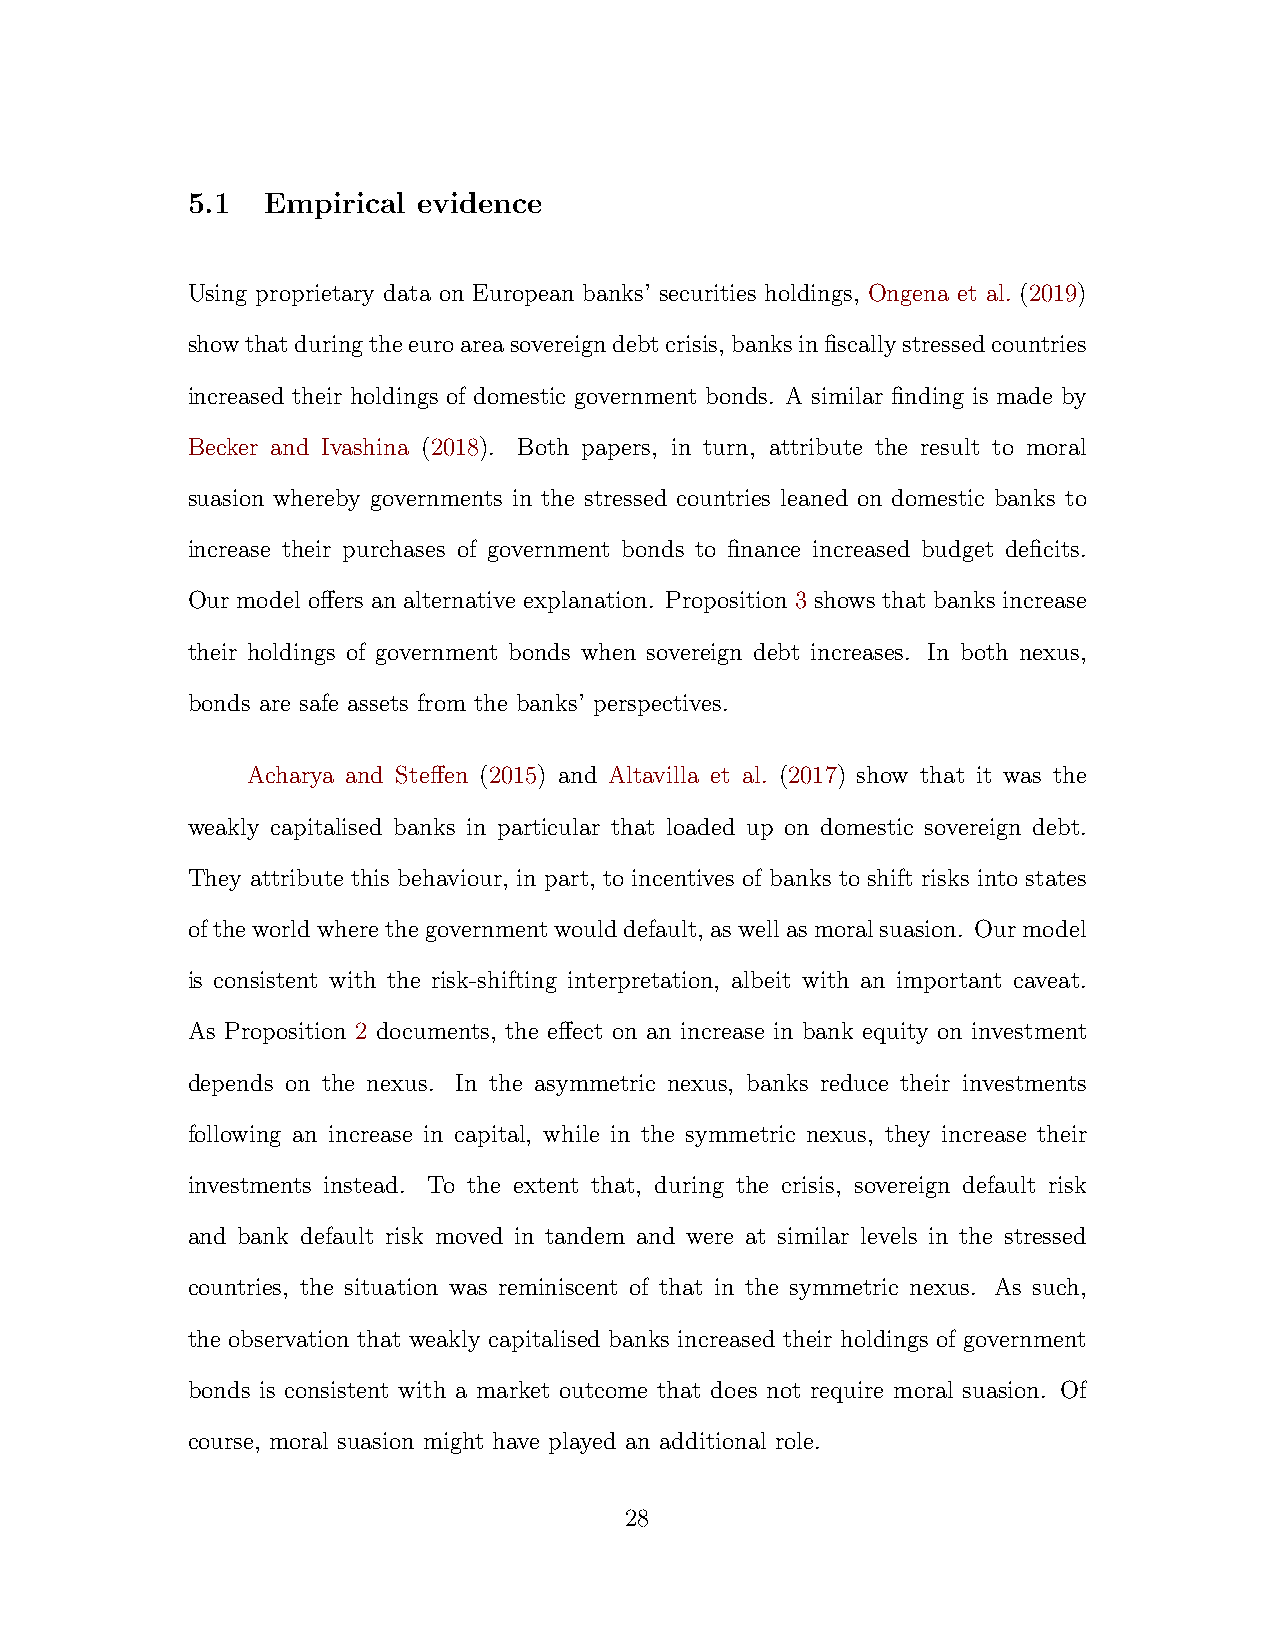
5.1  Empirical  evidence
 Using proprietary data on European banks’ securities holdings, Ongena et al. (2019)
 showthatduringtheeuroareasovereigndebtcrisis,banksinfiscallystressedcountries
 increased their holdings of domestic government bonds. A similar finding is made by
 Becker and Ivashina (2018). Both papers, in turn, attribute the result to moral
 suasion whereby governments in the stressed countries leaned on domestic banks to
 increase their purchases of government bonds to finance increased budget deficits.
 Our model offers an alternative explanation. Proposition 3 shows that banks increase
 their holdings of government bonds when sovereign debt increases. In both nexus,
 bonds are safe assets from the banks’ perspectives.
 Acharya and Steffen (2015) and Altavilla et al. (2017) show that it was the
 weakly capitalised banks in particular that loaded up on domestic sovereign debt.
 They attribute this behaviour, in part, to incentives of banks to shift risks into states
 oftheworldwherethegovernmentwoulddefault, aswellasmoralsuasion. Ourmodel
 is consistent with the risk-shifting interpretation, albeit with an important caveat.
 As Proposition 2 documents, the effect on an increase in bank equity on investment
 depends on the nexus. In the asymmetric nexus, banks reduce their investments
 following an increase in capital, while in the symmetric nexus, they increase their
 investments instead. To the extent that, during the crisis, sovereign default risk
 and bank default risk moved in tandem and were at similar levels in the stressed
 countries, the situation was reminiscent of that in the symmetric nexus. As such,
 the observation that weakly capitalised banks increased their holdings of government
 bonds is consistent with a market outcome that does not require moral suasion. Of
 course, moral suasion might have played an additional role.
 28